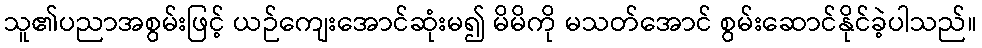
သူ၏ပညာအစွမ်းဖြင့် ယဉ်ကျေးအောင်ဆုံးမ၍ မိမိကို မသတ်အောင် စွမ်းဆောင်နိုင်ခဲ့ပါသည်။